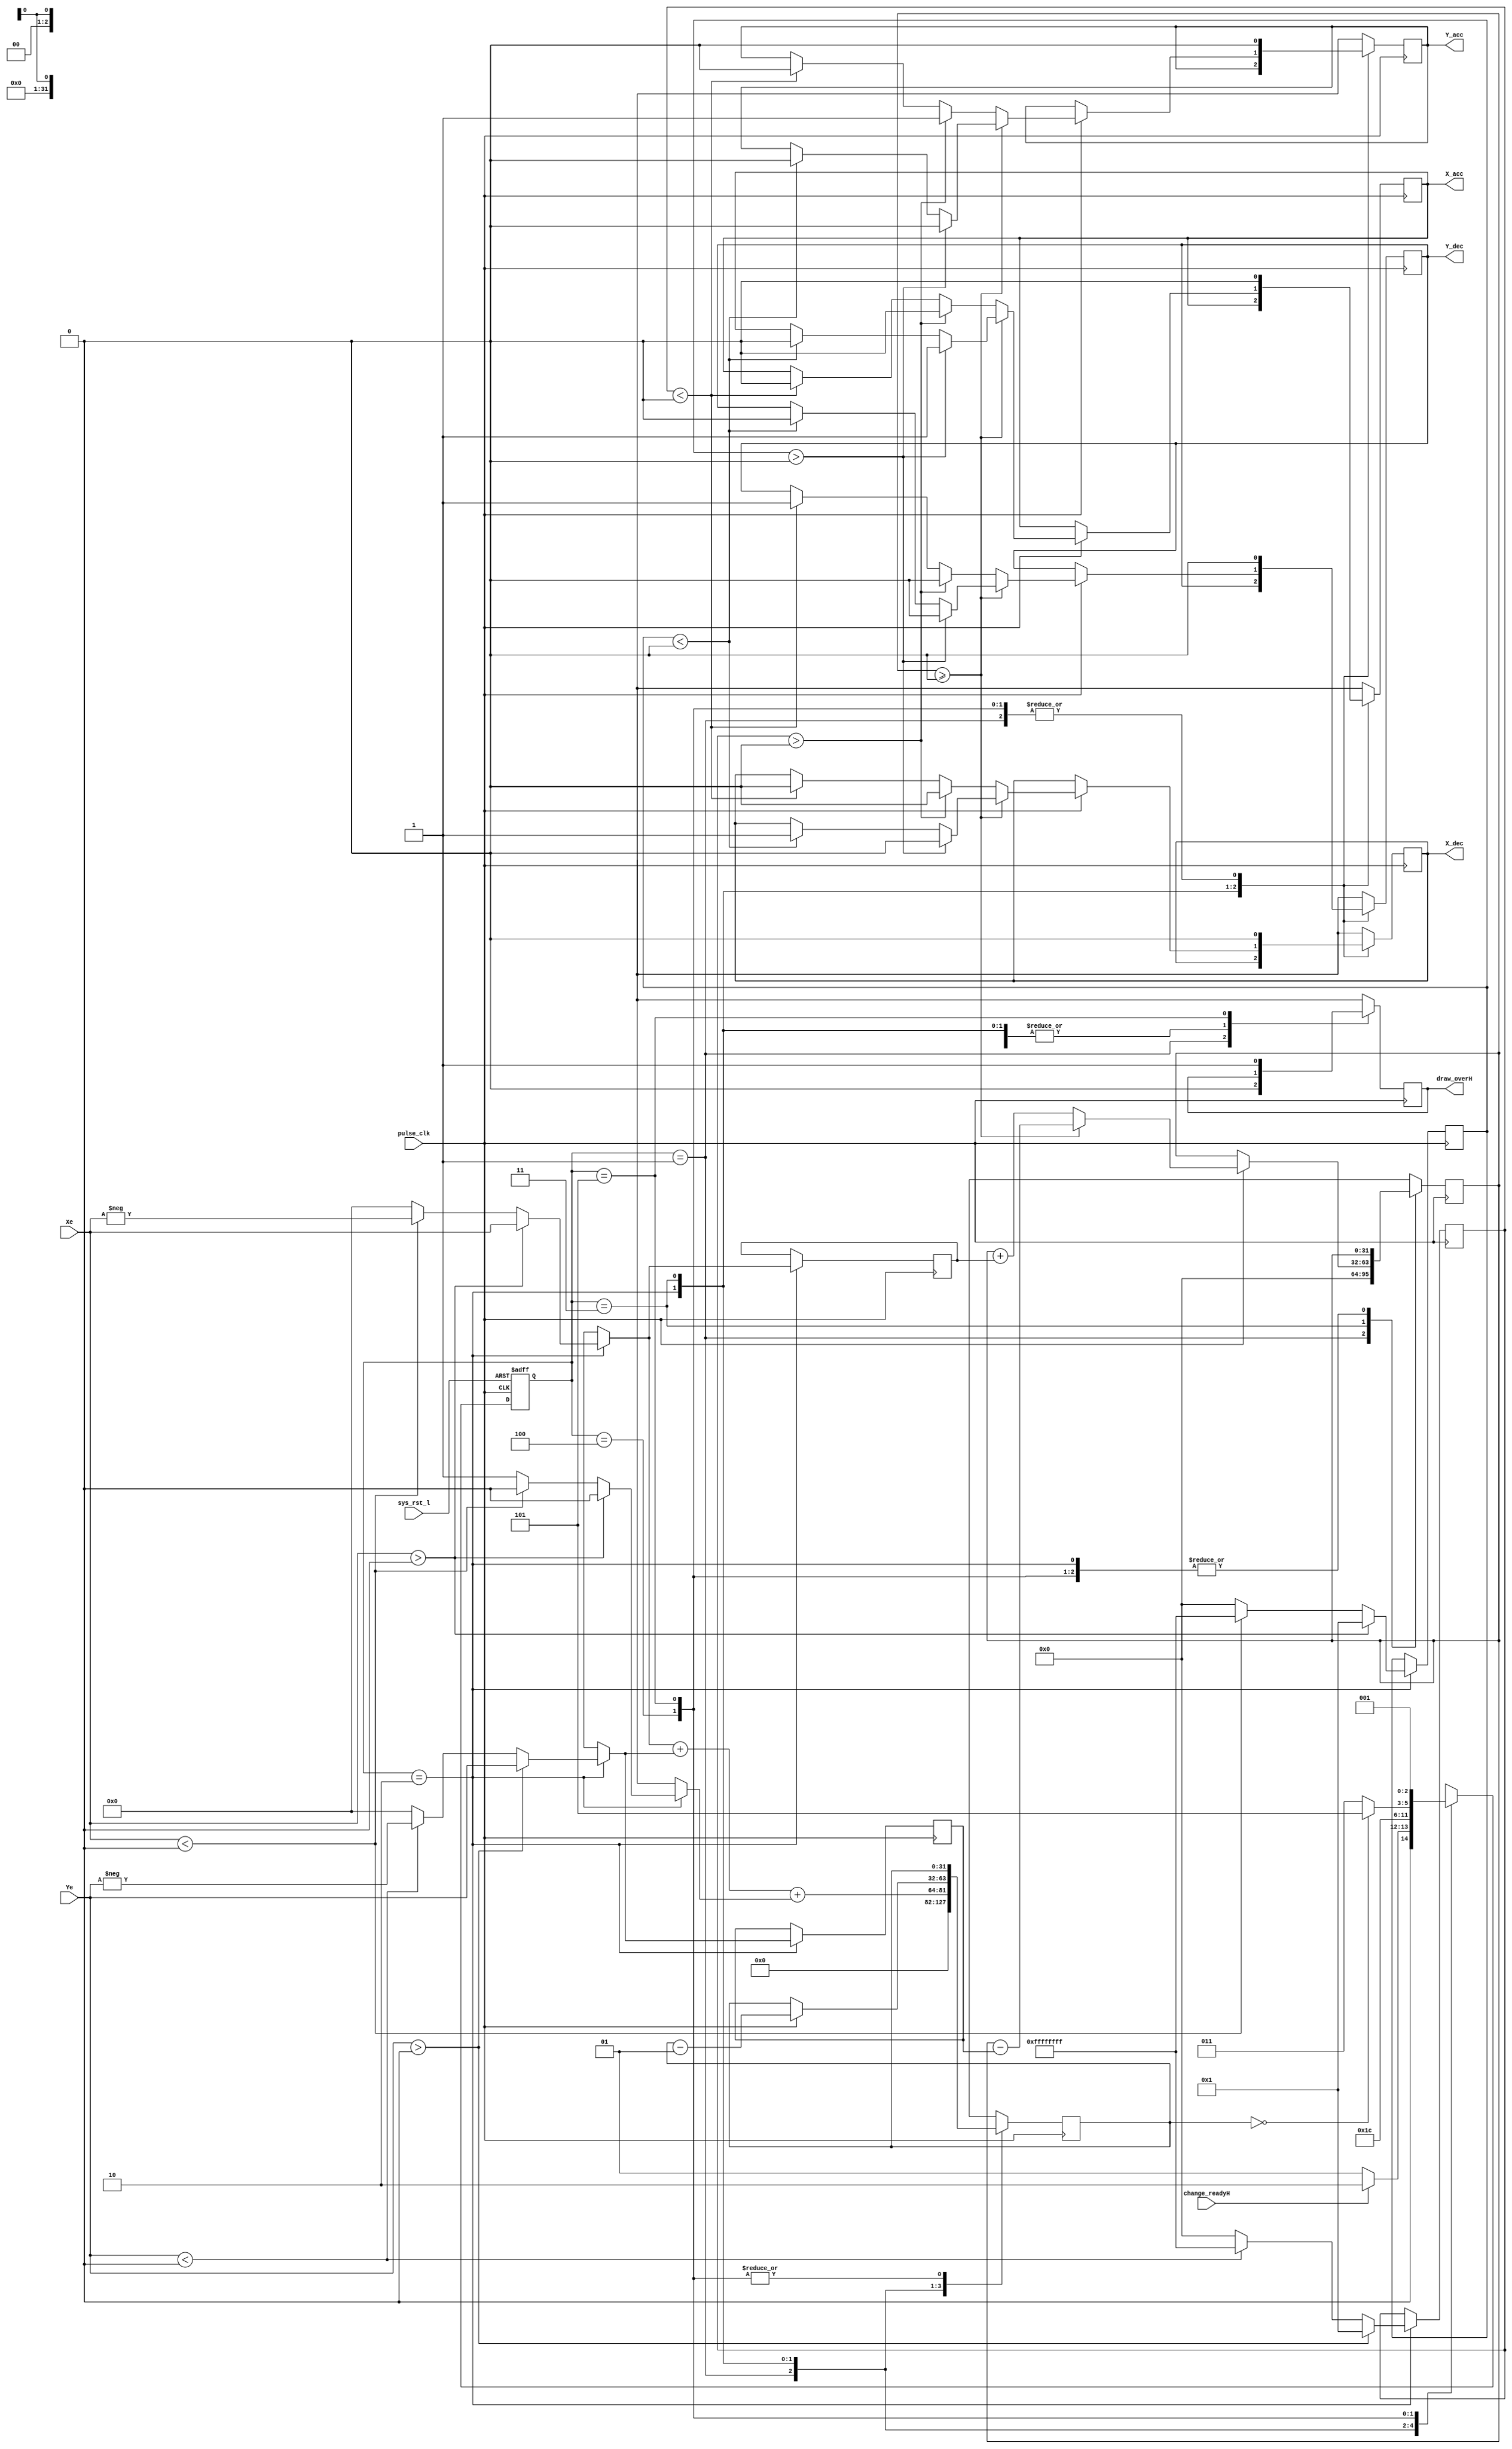


//

module d_line(//input
			pulse_clk,
			sys_rst_l,
			Xe,
			Ye,
			change_readyH,
			//output
			X_acc,
			Y_acc,
			X_dec,
			Y_dec,
			draw_overH
);

parameter	LO 		= 1'b0,
          	HI		= 1'b1,
 		  	X		= 1'bx;
			
parameter	r_IDLE 		= 3'b001,
			r_INIT		= 3'b010,
         	r_WORK  	= 3'b011,
			r_JUDGE		= 3'b100,
			r_0VER		= 3'b101;

reg		[2:0]		state;
reg		[2:0]		next_state;

input				pulse_clk;
input				sys_rst_l;
input	signed [15:0]		Xe;
input	signed [15:0]		Ye;
input				change_readyH;

output				X_acc;		//x+
output				Y_acc;		//y+
output				X_dec;		//x-
output				Y_dec;		//y-
output				draw_overH;	//

reg					X_acc;
reg					Y_acc;
reg					X_dec;
reg					Y_dec;
reg					draw_overH;

integer				i_Xe;		//
integer				i_Ye;
reg		[15:0]		Xe_abs;		//
reg		[15:0]		Ye_abs;
integer				i_Xe_sign;	//
integer				i_Ye_sign;
reg					r_e;		//x=0
integer				error;		//
integer				steps;		//


always @ (posedge pulse_clk or negedge sys_rst_l) begin //
	if(~sys_rst_l)
		state <= r_IDLE;
	else
		state <= next_state;
end

always @ (state or change_readyH or steps) begin
	
	next_state = X;
		
    case(state)
	
		r_IDLE: begin
			if (change_readyH)
				next_state = r_INIT;
			else
				next_state = r_IDLE;	
		end
		
		r_INIT: begin
			next_state = r_WORK;
		
		end
		
		r_WORK: begin
				next_state = r_JUDGE;
		end
		
		r_JUDGE: begin
			if (steps == 0)
				next_state = r_0VER;
			else
				next_state = r_WORK;	
		end		
		
		r_0VER: begin
				next_state = r_IDLE;	
		end
    endcase
end


always @ (posedge pulse_clk) begin

	case(state)

		r_IDLE: begin
			draw_overH = LO;	
			X_acc = 0;
			Y_acc = 0;
			X_dec = 0;
			Y_dec = 0;
			error = 0;
			steps = 0;
		end
		
		r_INIT: begin
			r_e = 0;
			
			if(Xe > 0) begin
				i_Xe_sign = 1;
				Xe_abs = Xe;
			end
			else if (Xe < 0) begin
				i_Xe_sign = -1;
				Xe_abs = - Xe;
			end
			else begin
				i_Xe_sign = 0;
				Xe_abs = 0;
				r_e = 1;
			end

			if(Ye > 0) begin
				i_Ye_sign = 1;
				Ye_abs = Ye;
			end
			else if (Ye < 0) begin
				i_Ye_sign = -1;
				Ye_abs = - Ye;
			end
			else begin
				i_Ye_sign = 0;
				Ye_abs = 0;
			end		
			steps = Xe_abs + Ye_abs + r_e;
		end
		
		r_WORK: begin
			if (pulse_clk) begin
				if (error >= 0) begin
					if (i_Xe_sign > 0) begin
						X_acc = 1;
						X_dec = 0;
						Y_acc = 0;
						Y_dec = 0;	
					end					
					else if (i_Xe_sign < 0) begin
						X_acc = 0;
						X_dec = 1;
						Y_acc = 0;
						Y_dec = 0;
					end
					error = error - Ye_abs;
				end
				else begin
					if (i_Ye_sign > 0) begin
						X_acc = 0;
						X_dec = 0;
						Y_acc = 1;
						Y_dec = 0;
					end
					else if (i_Ye_sign < 0) begin
						X_acc = 0;
						X_dec = 0;
						Y_acc = 0;
						Y_dec = 1;
					end
					error = error + Xe_abs;
				end
				steps = steps - 1;
			end
		end
		
		r_JUDGE: begin
			X_acc = 0;
			X_dec = 0;
			Y_acc = 0;
			Y_dec = 0;	
		end		
		
		r_0VER: begin
			draw_overH = HI;
			X_acc = 0;
			X_dec = 0;
			Y_acc = 0;
			Y_dec = 0;	
		end

		default: begin
			draw_overH = X;	
			X_acc = X;
			Y_acc = X;
			X_dec = X;
			Y_dec = X;
			error = X;
			steps = X;
		end
	endcase

end


endmodule